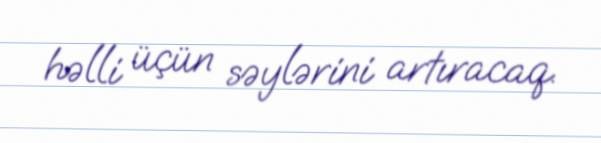
həlli üçün səylərini artıracaq.